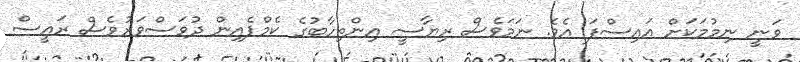
ވަނީ ނިމުމަކަށް އައިސްފަ އެވެ. ނަމަވެސް ރިޔާސީ އިންތިހާބުގެ ކެމްޕެއިން ދުވަސްވަރުވެސް ރައީސް